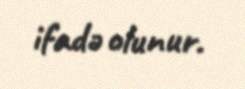
ifadə olunur.